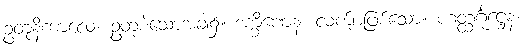
ဥတုနိကာလေ၊ ဥတုစဲသောအခါ၌။ ဒက္ခိဏေန၊ လက်ျာဖြစ်သော။ ဟတ္ထင်္ဂုဋ္ဌေန၊